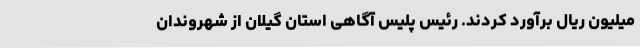
میلیون ریال برآورد کردند. رئیس پلیس آگاهی استان گیلان از شهروندان